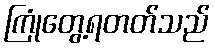
ကြုံတွေ့ရတတ်သည်